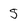
Character: 5